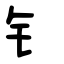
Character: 钅